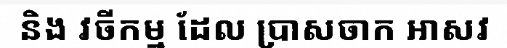
និង វចីកម្ម ដែល ប្រាសចាក ឤសវ